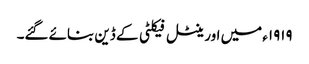
١٩١٩ء میں اورینٹل فیکلٹی کے ڈین بنائے گئے۔